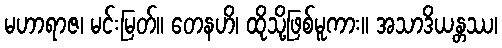
မဟာရာဇ၊ မင်းမြတ်။ တေနဟိ၊ ထိုသို့ဖြစ်မူကား။ အသာဒိယန္တဿ၊